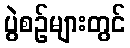
ပွဲစဉ်များတွင်